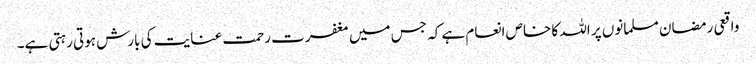
واقعی رمضان مسلمانوں پر اللہ کا خاص انعام ہے کہ جس میں مغفرت رحمت عنایت کی بارش ہوتی رہتی ہے۔